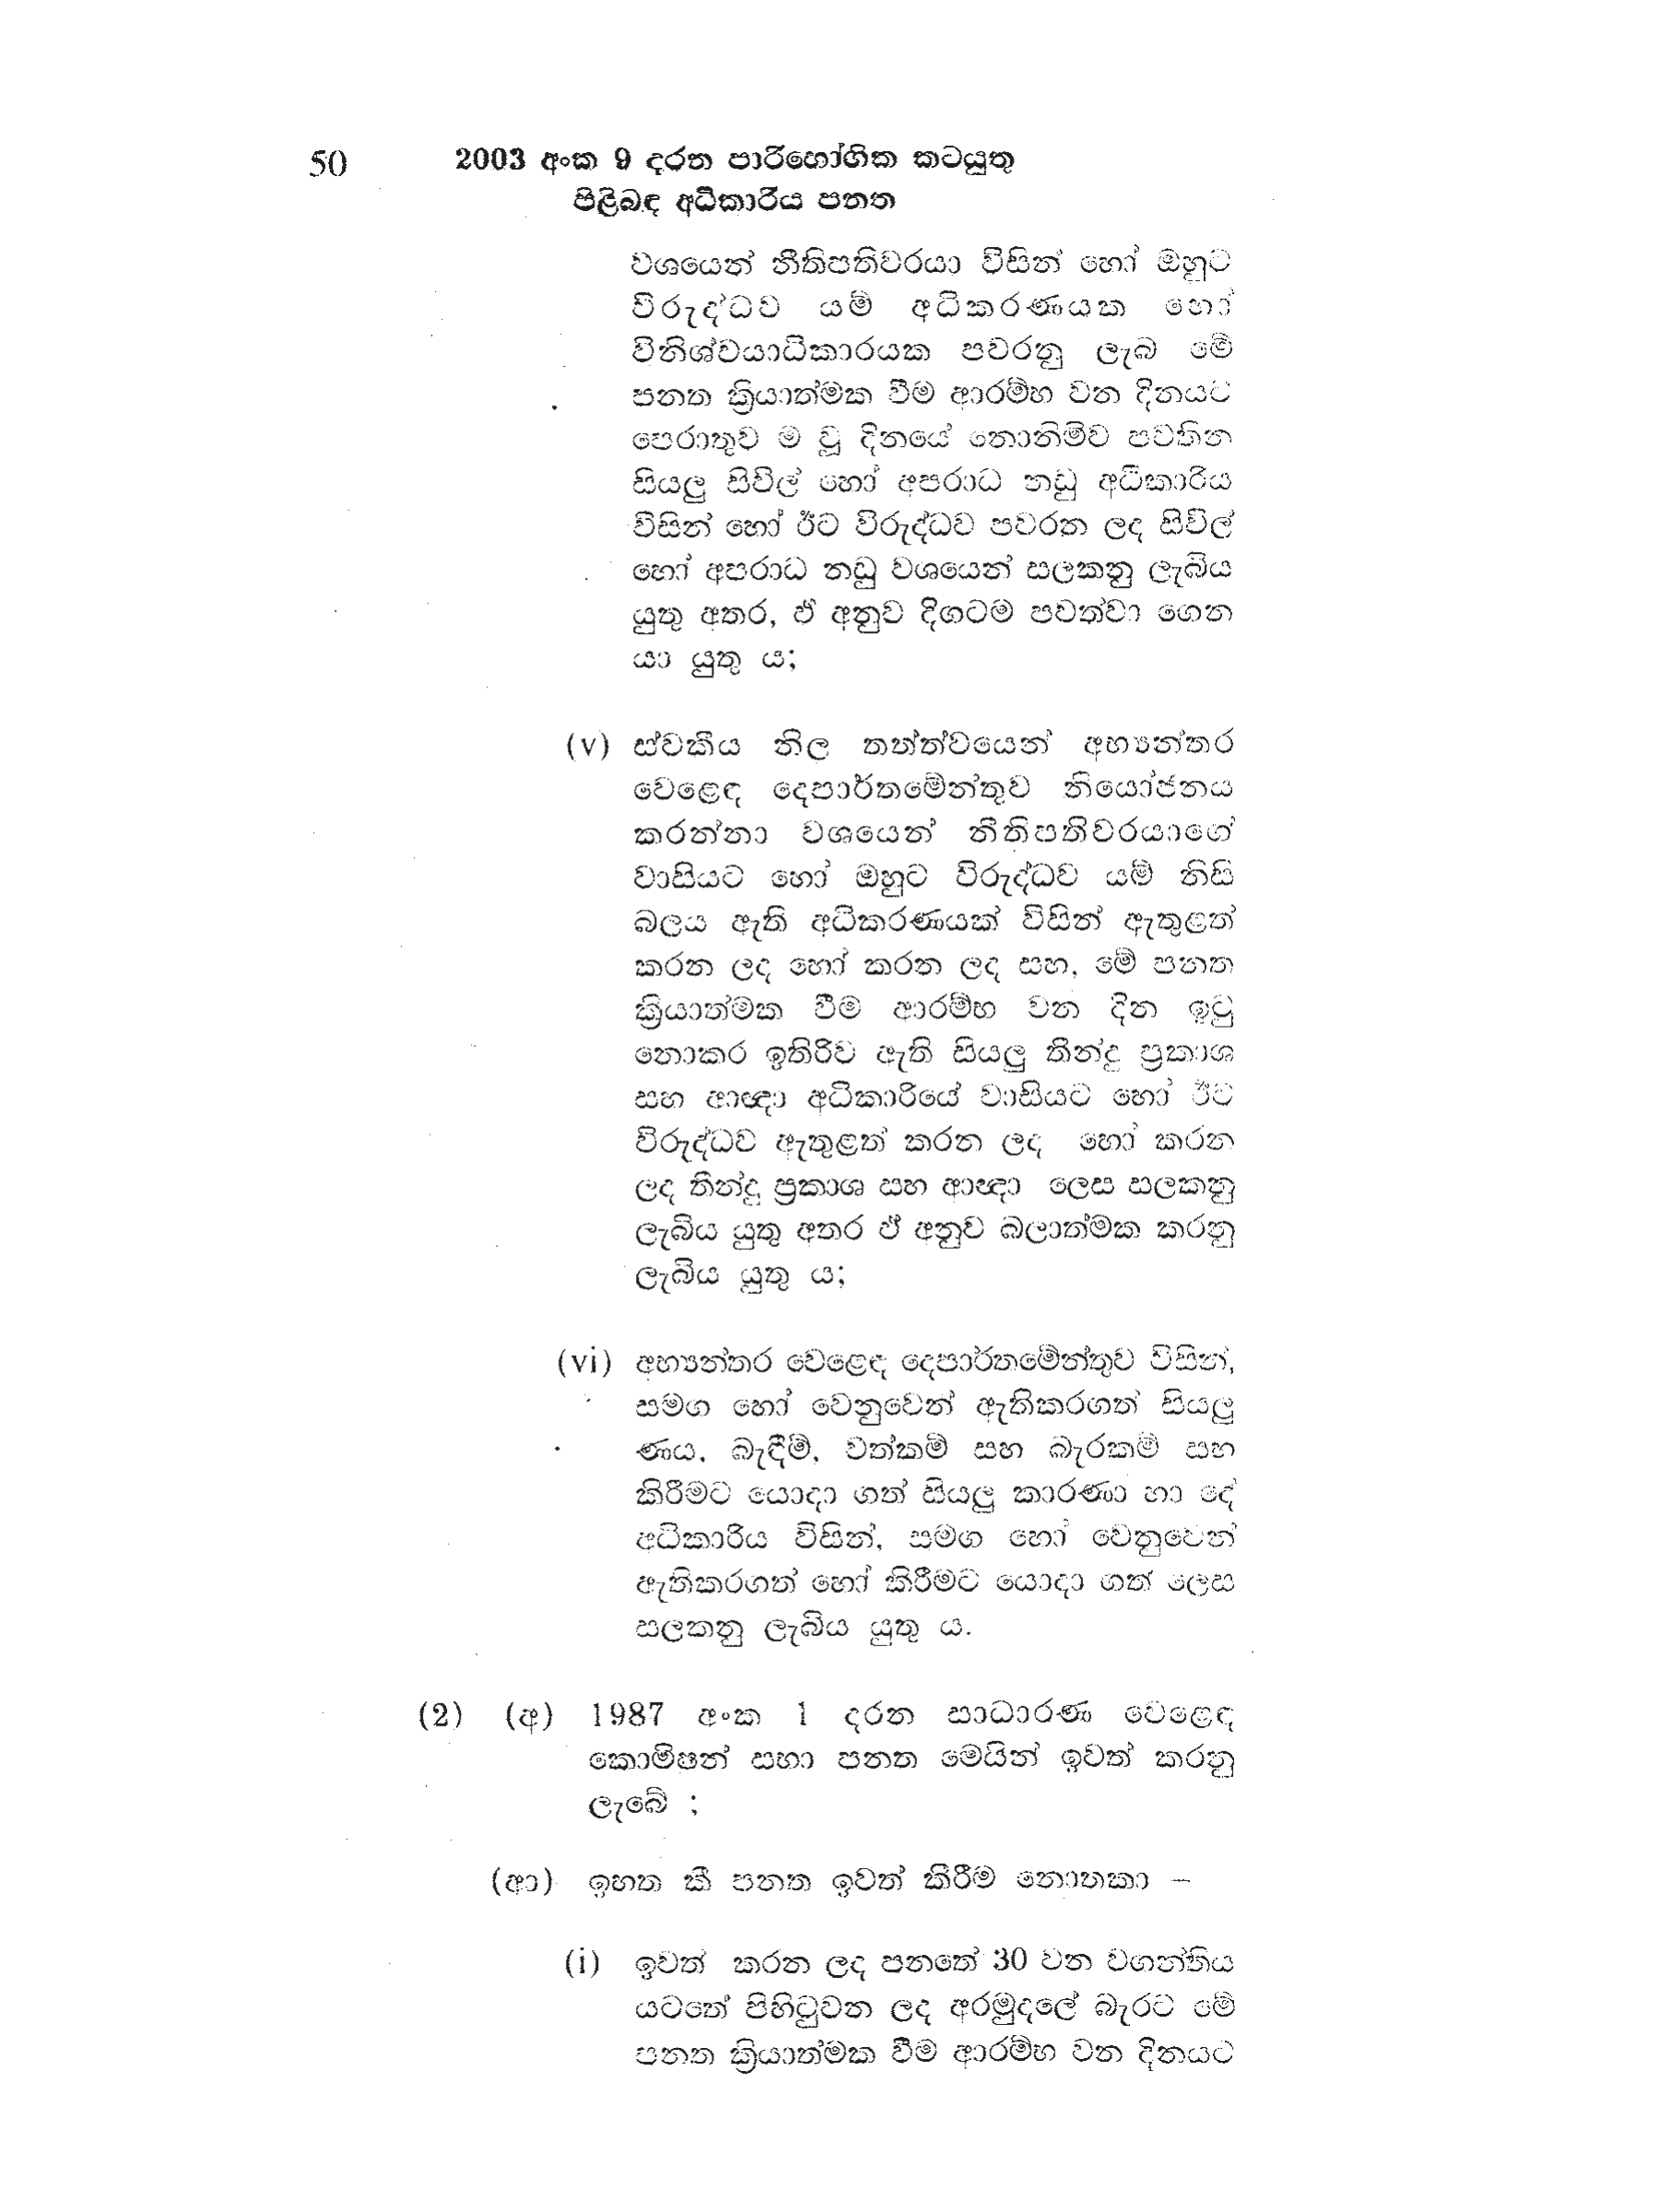
50 2003 අංක 9 දරන පාරිභෝගික කටයුතු
පිළිබඳ අධිකාරිය පතත

වශයෙන් නීතිපතිවරයා විසින් හෝ ඔහුට
විරුද්ධව යම් අධිකරණයක හෝ
විනිශ්චයාධිකාරයක පවරනු ලැබ මේ
පනත ක්‍රියාත්මක වීම ආරම්භ වන දිනයට
පෙරාතුව ම වූ දිනයේ නොනිමිව පවතින
සියලු සිවිල් හෝ අපරාධ නඩු අධීකාරිය
විසින් හෝ ඊට විරුද්ධව පවරන ලද සිවිල්
හෝ අපරාධ නඩු වශයෙන් සලකනු ලැබිය
යුතු අතර, ඒ අනුව දිගටම පවත්වා ගෙන
යා යුතු ය;

(v) ස්වකීය නිල තත්ත්වයෙන් අභ්‍යන්තර
වෙළෙඳ දෙපාර්තමේන්තුව නියෝජනය
කරන්නා වශයෙන් නීතිපතිවරයාගේ
වාසියට හෝ ඔහුට විරුද්ධව යම් නිසි
බලය ඇති අධිකරණයක් විසින් ඇතුළත්
කරන ලද හෝ කරන ලද සහ, මේ පනත
ක්‍රියාත්මක වීම ආරම්භ වන දින ඉටු
නොකර ඉතිරිව ඇති සියලු තින්දු ප්‍රකාශ
සහ ආඥා අධිකාරියේ වාසියට හෝ ඊට
විරුද්ධව ඇතුළත් කරන ලද හෝ කරන
ලද තීන්දු ප්‍රකාශ සහ ආඥා ලෙස සලකනු
ලැබිය යුතු අතර ඵ් අනුව බලාත්මක කරනු
ලැබිය යුතු ය;

(vi) අභ්‍යන්තර වෙළෙඳ දෙපාර්තමේන්තුව විසින්,
සමග හෝ වෙනුවෙන් ඇති කරගත් සියලු
ණය, බැඳීම්, වත්කම් සහ බැරකම් සහ
කිරීමට යොදා ගත් සියලු කාරණා හා දේ
අධිකාරිය විසින්, සමග හෝ වෙනුවෙන්
ඇතිකරගත් හෝ කිරීමට යොදා ගත් ලෙස
සලකනු ලැබිය යුතු ය.

(2) (අ) 1987 අංක 1 දරන සාධාරණ වෙළෙඳ
කොමිෂන් සභා පනත මෙයින් ඉවත් කරනු
ලැබේ ;

(ආ) ඉහත කී පනත ඉවත් කිරීම නොතකා -

(i) ඉවත් කරන ලද පනතේ 30 වන වගන්තිය
යටතේ පිහිටුවන ලද අරමුදලේ බැරට මේ
පනත ක්‍රියාත්මක වීම ආරම්භ වන දිනයට